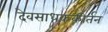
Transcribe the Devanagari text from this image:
देवसाधककीर्तन